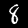
Label: 8